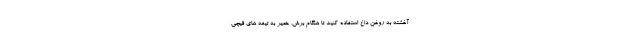
آغشته به روغن داغ استفاده کنید تا هنگام برش، خمیر به تیغه های قیچی